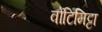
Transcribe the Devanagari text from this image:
वोंटिमिट्टा